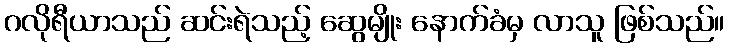
ဂလိုရီယာသည် ဆင်းရဲသည့် ဆွေမျိုး နောက်ခံမှ လာသူ ဖြစ်သည်။